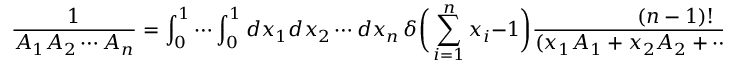
\frac { 1 } { A _ { 1 } A _ { 2 } \cdots A _ { n } } = \int _ { 0 } ^ { 1 } \cdots \int _ { 0 } ^ { 1 } d x _ { 1 } d x _ { 2 } \cdots d x _ { n } \, \delta \bigg ( \sum _ { i = 1 } ^ { n } x _ { i } - 1 \bigg ) \frac { ( n - 1 ) ! } { ( x _ { 1 } A _ { 1 } + x _ { 2 } A _ { 2 } + \cdots x _ { n } A _ { n } ) ^ { n } } \, .